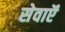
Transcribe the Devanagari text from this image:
सेवाऍं